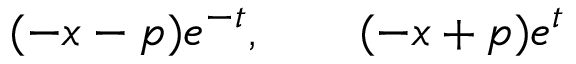
( - x - p ) e ^ { - t } , \qquad ( - x + p ) e ^ { t }